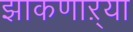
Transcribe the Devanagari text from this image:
झाकणाऱ्या